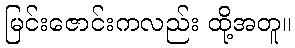
မြင်းဇောင်းကလည်း ထို့အတူ။